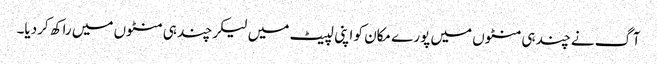
آگ نے چند ہی منٹوں میں پورے مکان کو اپنی لپیٹ میں لیکر چند ہی منٹوں میں راکھ کردیا۔